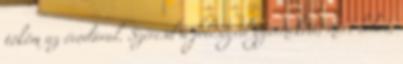
tököm az óvodával. Szeresd a feleséged gyermekeit, mert lehet,